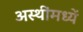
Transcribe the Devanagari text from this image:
अस्थींमध्यें